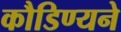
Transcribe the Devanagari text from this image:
कौडिण्यने